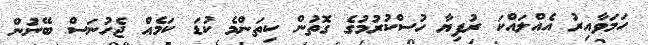
ހަމަވާއިރު އެއްލައްކަ ރުފިޔާ ހުސްކުރުމުގެ ގޮތުން ކިތަންމެ ކުޑަ ކަމެއް ޖެހުނަސް ބޭނުން